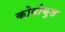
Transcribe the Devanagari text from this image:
कोबीकुल